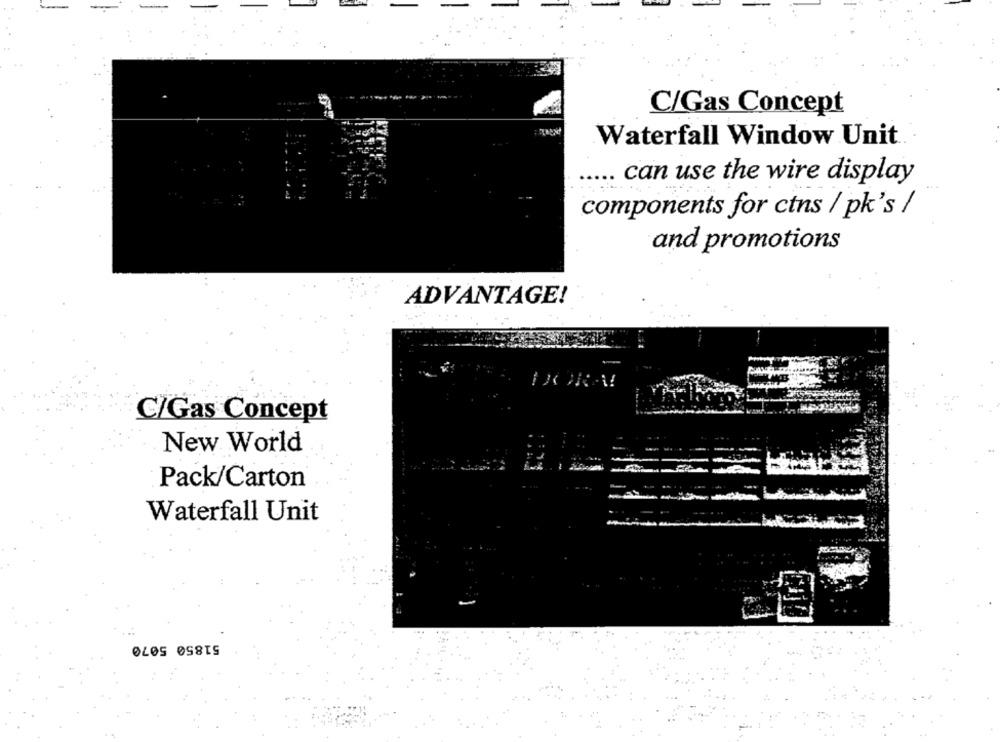
C/Gas Concept
Waterfall Window Unit
can use the wire display
components for ctns / pk's /
and promotions
ADVANTAGE!
C/Gas Concept
New World
Pack/Carton
Waterfall Unit
51850 5070